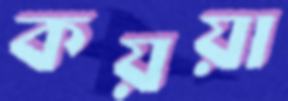
কয়য়া